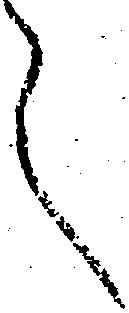
言